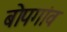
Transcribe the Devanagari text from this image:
बोपगांव